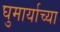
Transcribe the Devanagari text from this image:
घुमार्याच्या